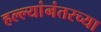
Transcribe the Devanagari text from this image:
हल्ल्यांनंतरच्या